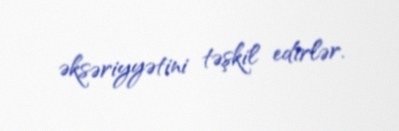
əksəriyyətini təşkil edirlər.